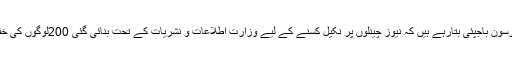
خاص مضمون :سینئر صحافی پنیہ پرسون باجپئی بتارہے ہیں کہ نیوز چینلوں پر نکیل کسنے کے لیے وزارت اطلاعات و نشریات کے تحت بنائی گئی 200لوگوں کی خفیہ فوج کیا اور کیسے کام کرتی ہے۔